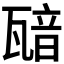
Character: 𤭵